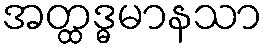
အတ္ထဒ္ဓမာနသာ